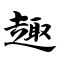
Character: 趣